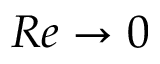
R e \to 0